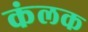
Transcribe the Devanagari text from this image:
कंलक